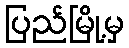
ပြည်မြို့မှ